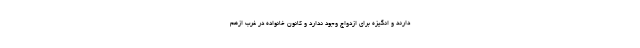
دارند و انگیزه برای ازدواج وجود ندارد و کانون خانواده در غرب ازهم